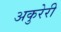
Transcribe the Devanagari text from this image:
अकुरेरी